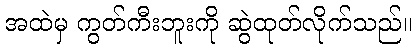
အထဲမှ ကွတ်ကီးဘူးကို ဆွဲထုတ်လိုက်သည်။